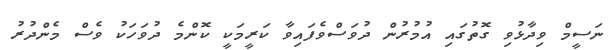
ނަސީމް ވިދާޅުވި ގޮތުގައި އުމުރުން ދުވަސްވެފައިވާ ކަރީމަކީ ކޮންމެ ދުވަހަކު ވެސް މެންދުރު